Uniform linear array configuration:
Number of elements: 8
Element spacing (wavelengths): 0.5
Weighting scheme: binomial
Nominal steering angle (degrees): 30
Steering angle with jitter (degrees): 31.363
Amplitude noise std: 0.05
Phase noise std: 0.05

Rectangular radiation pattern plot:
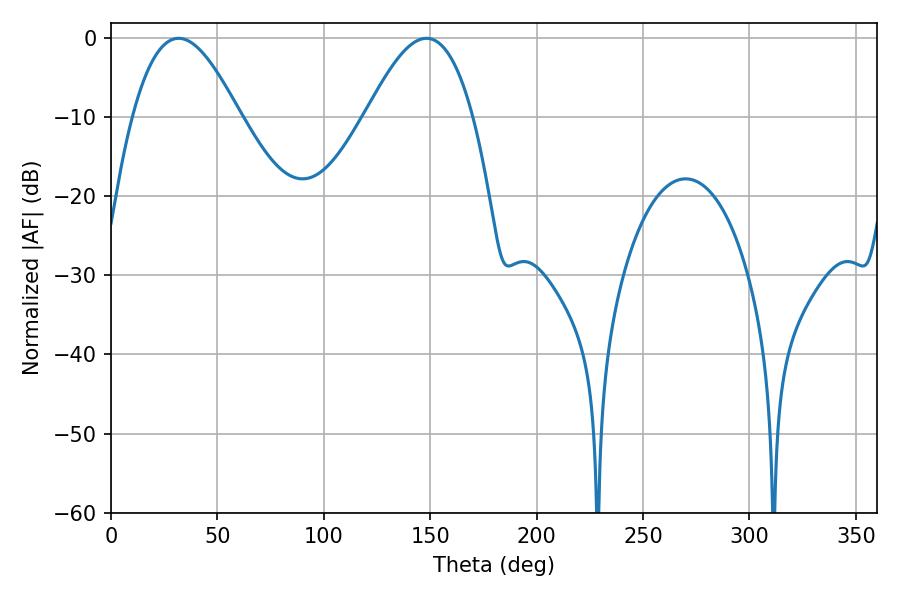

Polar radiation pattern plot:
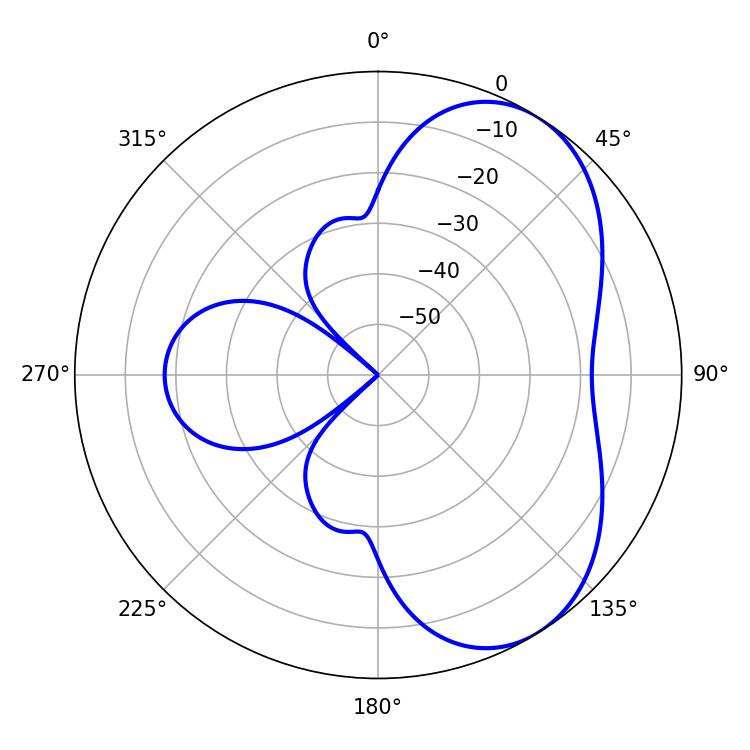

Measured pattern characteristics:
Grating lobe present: FALSE
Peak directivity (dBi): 5.409
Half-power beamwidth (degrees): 27.18
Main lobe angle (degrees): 31.68